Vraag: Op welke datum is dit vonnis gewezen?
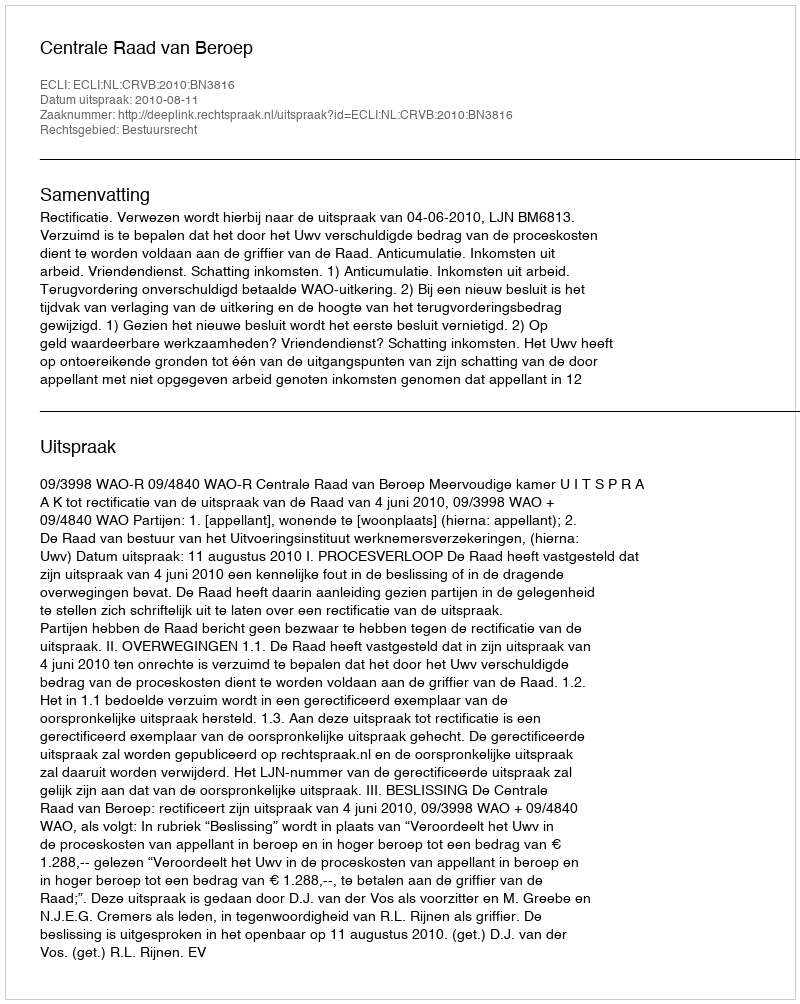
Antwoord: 2010-08-11